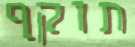
תוקף